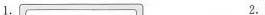
1. 2.